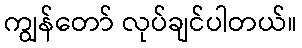
ကျွန်တော် လုပ်ချင်ပါတယ်။